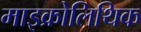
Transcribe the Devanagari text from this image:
माइक्रोलिथिक